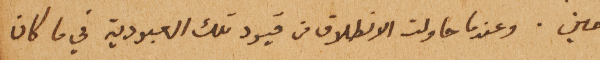
حين. وعندما حاولت الانطلاق من قيود تلك العبودية في ما كان